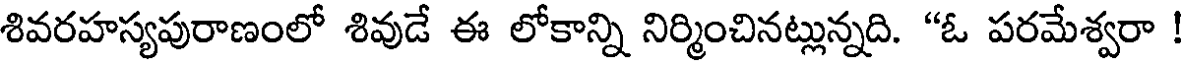
శివరహస్యపురాణంలో శివుడే ఈ లోకాన్ని నిర్మించినట్లున్నది. "ఓ పరమేశ్వరా !